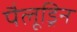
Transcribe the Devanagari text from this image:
पैलूड्रिन